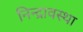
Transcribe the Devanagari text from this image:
निन्द्रावस्था